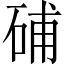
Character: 𥒰